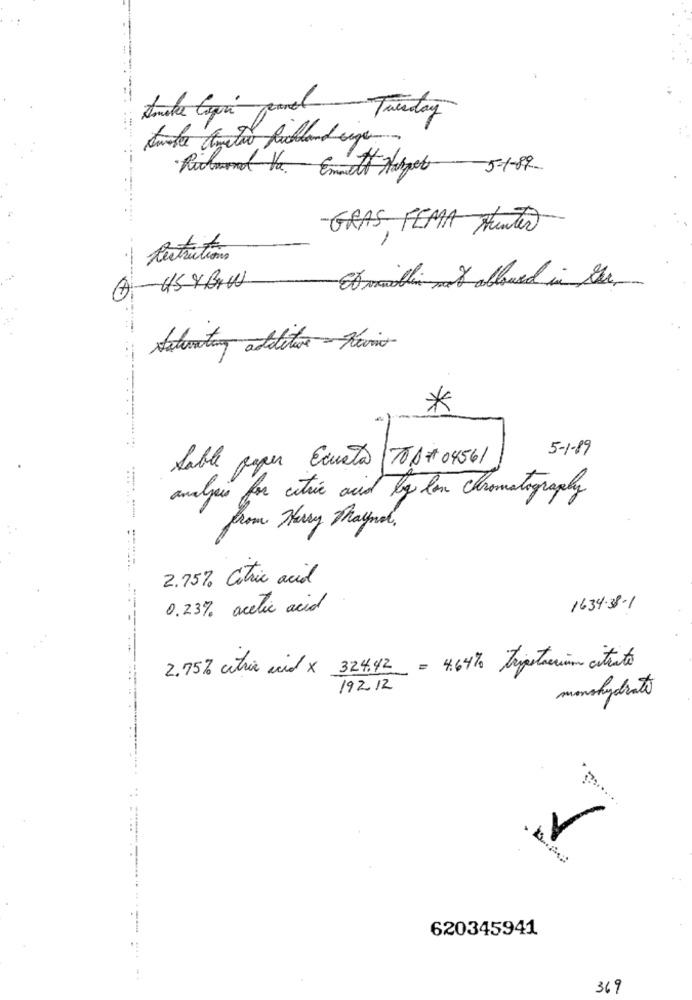
Smoke Cequi panel Tuesday
-GRAS, FEMA Hunter
Destructions
-HSY Bru
Emilien not allowed in the,
*
5-1-89
Sable paper Ecusto /701+ 04561
analysis for citric acid by lan chromatography
--
from Herry Paypal.
2.75% Citric acid
0.23% acetic acid
1634-38-1
2.75% citric acid x 324.42 = 4.64% tripstarim citrato
19212
monohydrate
-
620345941
369